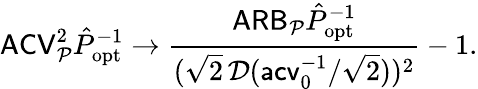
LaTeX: \mathsf{ACV}_{\mathcal P}^{2}\hat{P}_{\mathrm{opt}}^{-1}\to\frac{\mathsf{ARB}_{\mathcal P}\hat{P}_{\mathrm{opt}}^{-1}}{(\sqrt 2\, \mathcal D(\mathsf{acv}_{0}^{-1}/\sqrt 2))^{2}}-1.